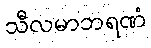
သီလမာဘရဏံ